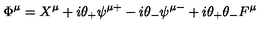
\Phi ^ { \mu } = X ^ { \mu } + i \theta _ { + } \psi ^ { \mu + } - i \theta _ { - } \psi ^ { \mu - } + i \theta _ { + } \theta _ { - } F ^ { \mu }